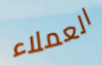
العملاء